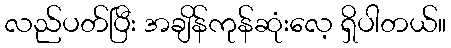
လည်ပတ်ပြီး အချိန်ကုန်ဆုံးလေ့ ရှိပါတယ်။